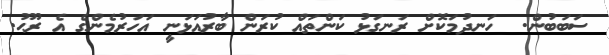
ސަބަބުން.  ހަނދުމަކޮށް ރަނގަޅު ކަންތައް ކުރަން ބާރުއަޅަނީ އަހަރުމެންގެ އެ ރޫޙު.